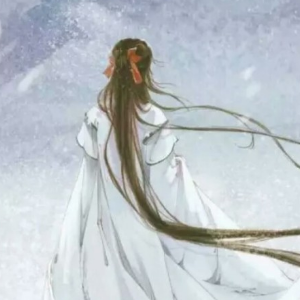
白发悲花落，青云羡鸟飞。